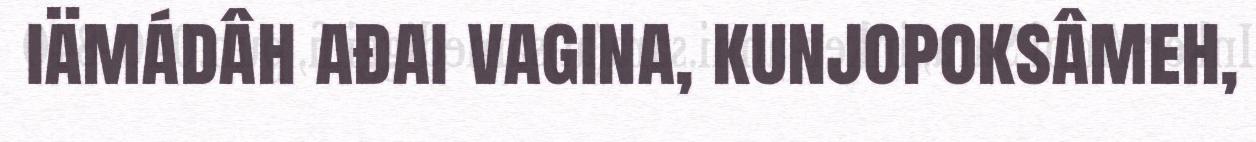
iämádâh ađai vagina, kunjopoksâmeh,